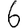
Digit: 6